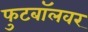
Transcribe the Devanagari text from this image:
फुटबॉलवर